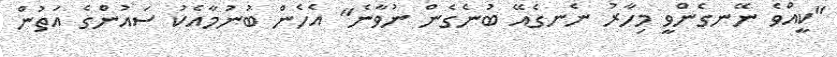
"ކީއްވެ ނޭނގެންވީ މިހާރު ނެނގެއޭ ބުނެގެން ނުވާނެ" އެހެން ބުނުމާއެކު ސައުންގެ އަތުން